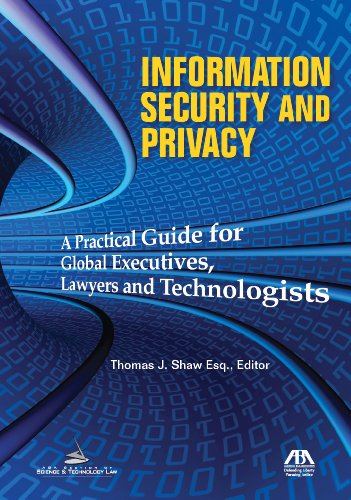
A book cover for Information Security and Privacy: A Practical Guide for Global Executives, Lawyers and Technologists; Computers & Technology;